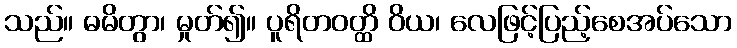
သည်။ ဓမိတွာ၊ မှုတ်၍။ ပူရိတဝတ္ထိ ဝိယ၊ လေဖြင့်ပြည့်စေအပ်သော